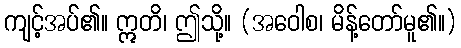
ကျင့်အပ်၏။ ဣတိ၊ ဤသို့။ (အဝေါစ၊ မိန့်တော်မူ၏။)